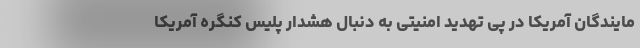
مایندگان آمریکا در پی تهدید امنیتی به دنبال هشدار پلیس کنگره آمریکا